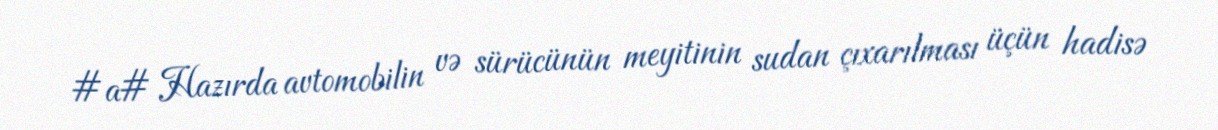
#a# Hazırda avtomobilin və sürücünün meyitinin sudan çıxarılması üçün hadisə